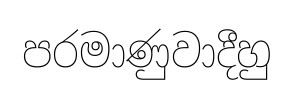
පරමාණුවාදීහු